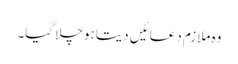
وہ ملازم دعائیں دیتا ہو چلا گیا۔